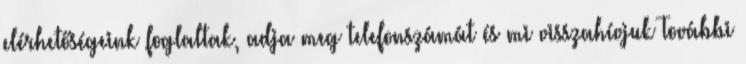
elérhetőségeink foglaltak, adja meg telefonszámát és mi visszahívjuk További